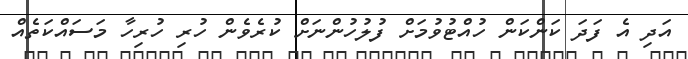
އަދި އެ ފަދަ ކަންކަން ހުއްޓުވުމަށް ފުލުހުންނަށް ކުރެވެން ހުރި ހުރިހާ މަސައްކަތެއް